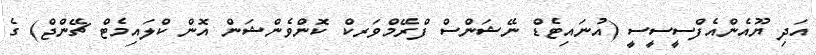
އަދި ޔޫއެންއެފްސީސީސީ (އުނައިޓެޑް ނޭޝަންސް ފްރޭމްވަރކް ކޮންވެންޝަން އޮން ކްލައިމެޓް ޗޭންޖް) ގެ